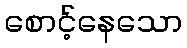
စောင့်နေသော